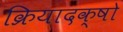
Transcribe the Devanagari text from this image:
क्रियादक्षो